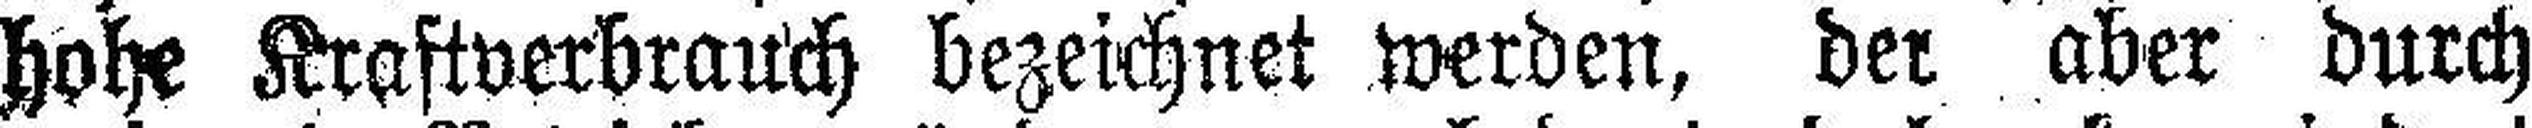
hohe Kraftverbrauch bezeichnet werden, der aber durch